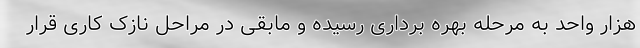
هزار واحد به مرحله بهره برداری رسیده و مابقی در مراحل نازک کاری قرار